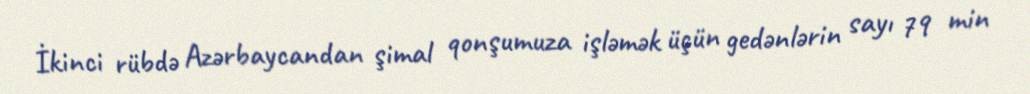
İkinci rübdə Azərbaycandan şimal qonşumuza işləmək üçün gedənlərin sayı 79 min